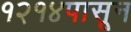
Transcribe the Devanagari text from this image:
१२१४पासून